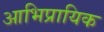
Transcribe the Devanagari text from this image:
आभिप्रायिक